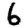
Digit: 6